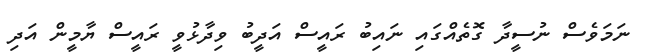
ނަމަވެސް ނުސީދާ ގޮތެއްގައި ނައިބު ރައީސް އަދީބު ވިދާޅުވީ ރައީސް ޔާމީން އަދި